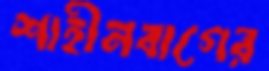
শাহীনবাগের